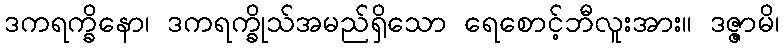
ဒကရက္ခိနော၊ ဒကရက္ခိုသ်အမည်ရှိသော ရေစောင့်ဘီလူးအား။ ဒဇ္ဇာမိ၊